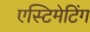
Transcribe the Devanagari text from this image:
एस्टिमेटिंग